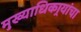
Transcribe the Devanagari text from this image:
मुख्याधिकार्‍यांचा